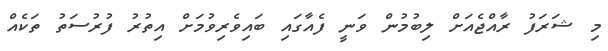
މި ޝަރަފު ރާއްޖެއަށް ލިބުމުން ވަނީ ފެއާގައި ބައިވެރިވުމަށް އިތުރު ފުރުސަތު ތަކެއް